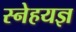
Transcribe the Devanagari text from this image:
स्नेहयज्ञ